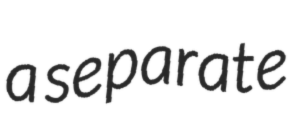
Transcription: a separate